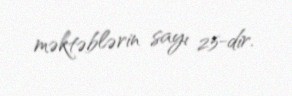
məktəblərin sayı 25-dir.